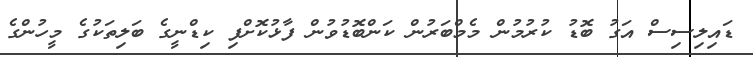
ޑައިލިސިސް އަގު ބޮޑު ކުރުމުން މެމްބަރުން ކަންބޮޑުވުން ފާޅުކޮށްފި ކިޑްނީގެ ބަލިތަކުގެ މީހުންގެ